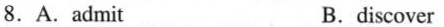
8.A.admit